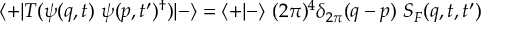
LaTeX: \langle + \vert T ( \psi ( q , t ) \ \psi ( p , t ^ { \prime } ) ^ { \dagger } ) \vert - \rangle = \langle + \vert - \rangle \ ( 2 \pi ) ^ { 4 } \delta _ { 2 \pi } ( q - p ) \ S _ { F } ( q , t , t ^ { \prime } )